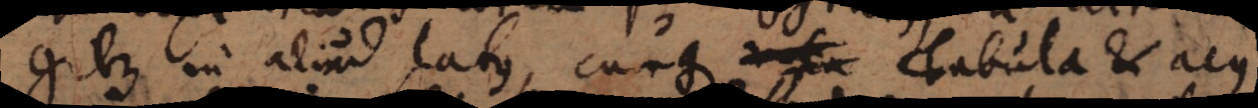
gitur in aliud latus, cunque rota Tabula et acus